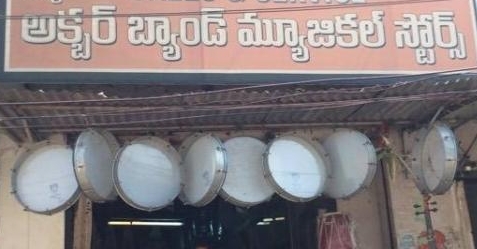
Language: telugu
Transcription: అక్బర్ బ్యాండ్ మ్యూజికల్ స్టోర్స్